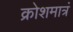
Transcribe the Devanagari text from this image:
क्रोशमात्रं